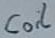
Text: Coil